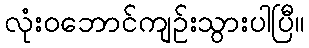
လုံးဝဘောင်ကျဉ်းသွားပါပြီ။